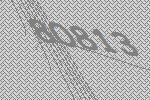
80813